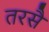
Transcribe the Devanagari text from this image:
तरसै